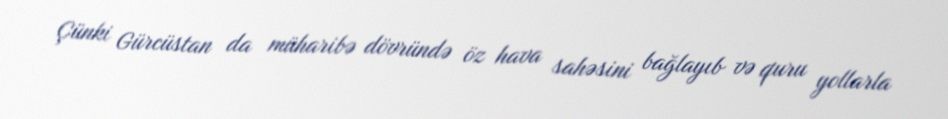
Çünki Gürcüstan da müharibə dövründə öz hava sahəsini bağlayıb və quru yollarla